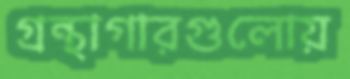
গ্রন্থাগারগুলোয়